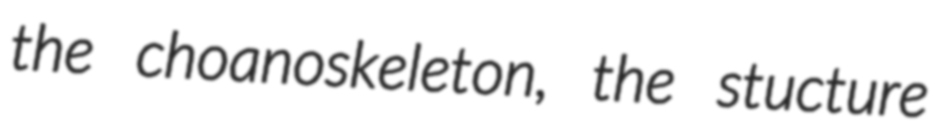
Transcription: the choanoskeleton, the stucture